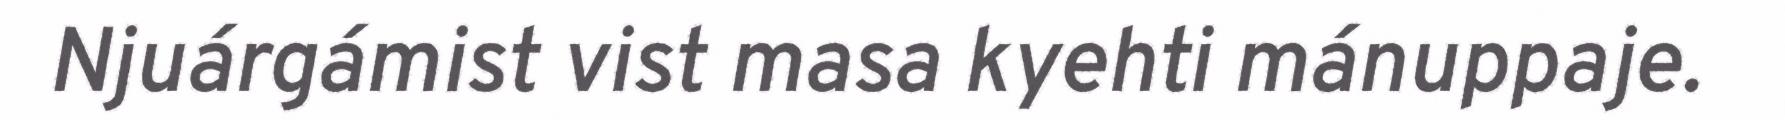
Njuárgámist vist masa kyehti mánuppaje.